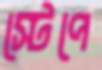
স্টেপে